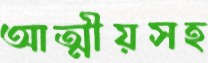
আত্মীয়সহ